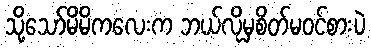
သို့သော်မိမိကလေးက ဘယ်လိုမှစိတ်မ၀င်စားပဲ